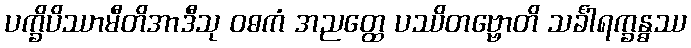
ပက္ခိပိဿာမီတိအာဒီသု ဝဓကံ အညတ္ထေ ပဿိတဗ္ဗောတိ သင်္ခါရက္ခန္ဓဿ